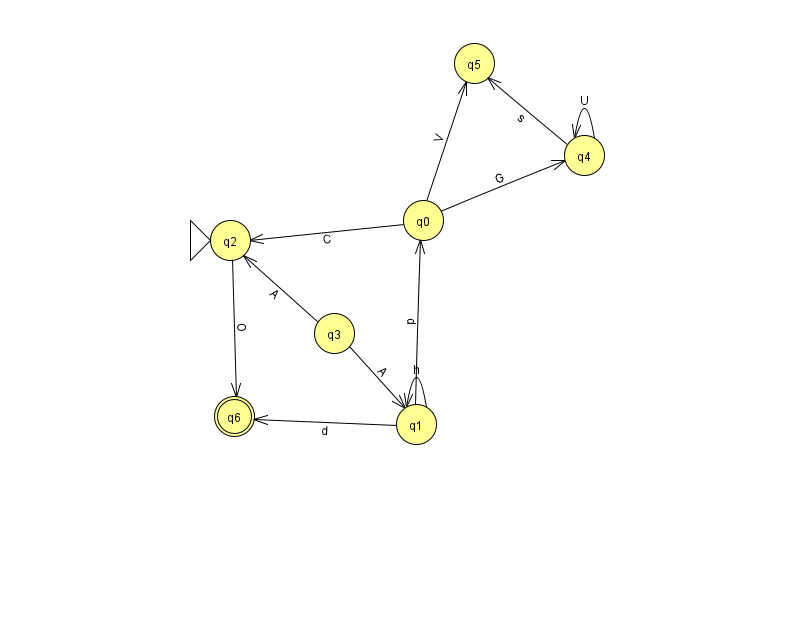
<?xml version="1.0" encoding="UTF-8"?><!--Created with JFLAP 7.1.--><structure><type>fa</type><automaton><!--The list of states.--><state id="0" name="q0"><x>423.0</x><y>207.0</y></state><state id="1" name="q1"><x>416.0</x><y>411.0</y></state><state id="2" name="q2"><x>230.0</x><y>227.0</y><initial/></state><state id="3" name="q3"><x>334.0</x><y>320.0</y></state><state id="4" name="q4"><x>584.0</x><y>142.0</y></state><state id="5" name="q5"><x>474.0</x><y>50.0</y></state><state id="6" name="q6"><x>234.0</x><y>403.0</y><final/></state><!--The list of transitions.--><transition><from>0</from><to>4</to><read>G</read></transition><transition><from>1</from><to>0</to><read>p</read></transition><transition><from>3</from><to>1</to><read>A</read></transition><transition><from>4</from><to>4</to><read>U</read></transition><transition><from>0</from><to>2</to><read>C</read></transition><transition><from>0</from><to>5</to><read>V</read></transition><transition><from>1</from><to>1</to><read>h</read></transition><transition><from>4</from><to>5</to><read>s</read></transition><transition><from>2</from><to>6</to><read>O</read></transition><transition><from>3</from><to>2</to><read>A</read></transition><transition><from>1</from><to>6</to><read>d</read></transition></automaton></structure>